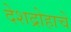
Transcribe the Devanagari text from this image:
देशद्रोहाचे